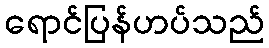
ရောင်ပြန်ဟပ်သည်